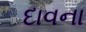
દાવના